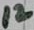
Text: 12